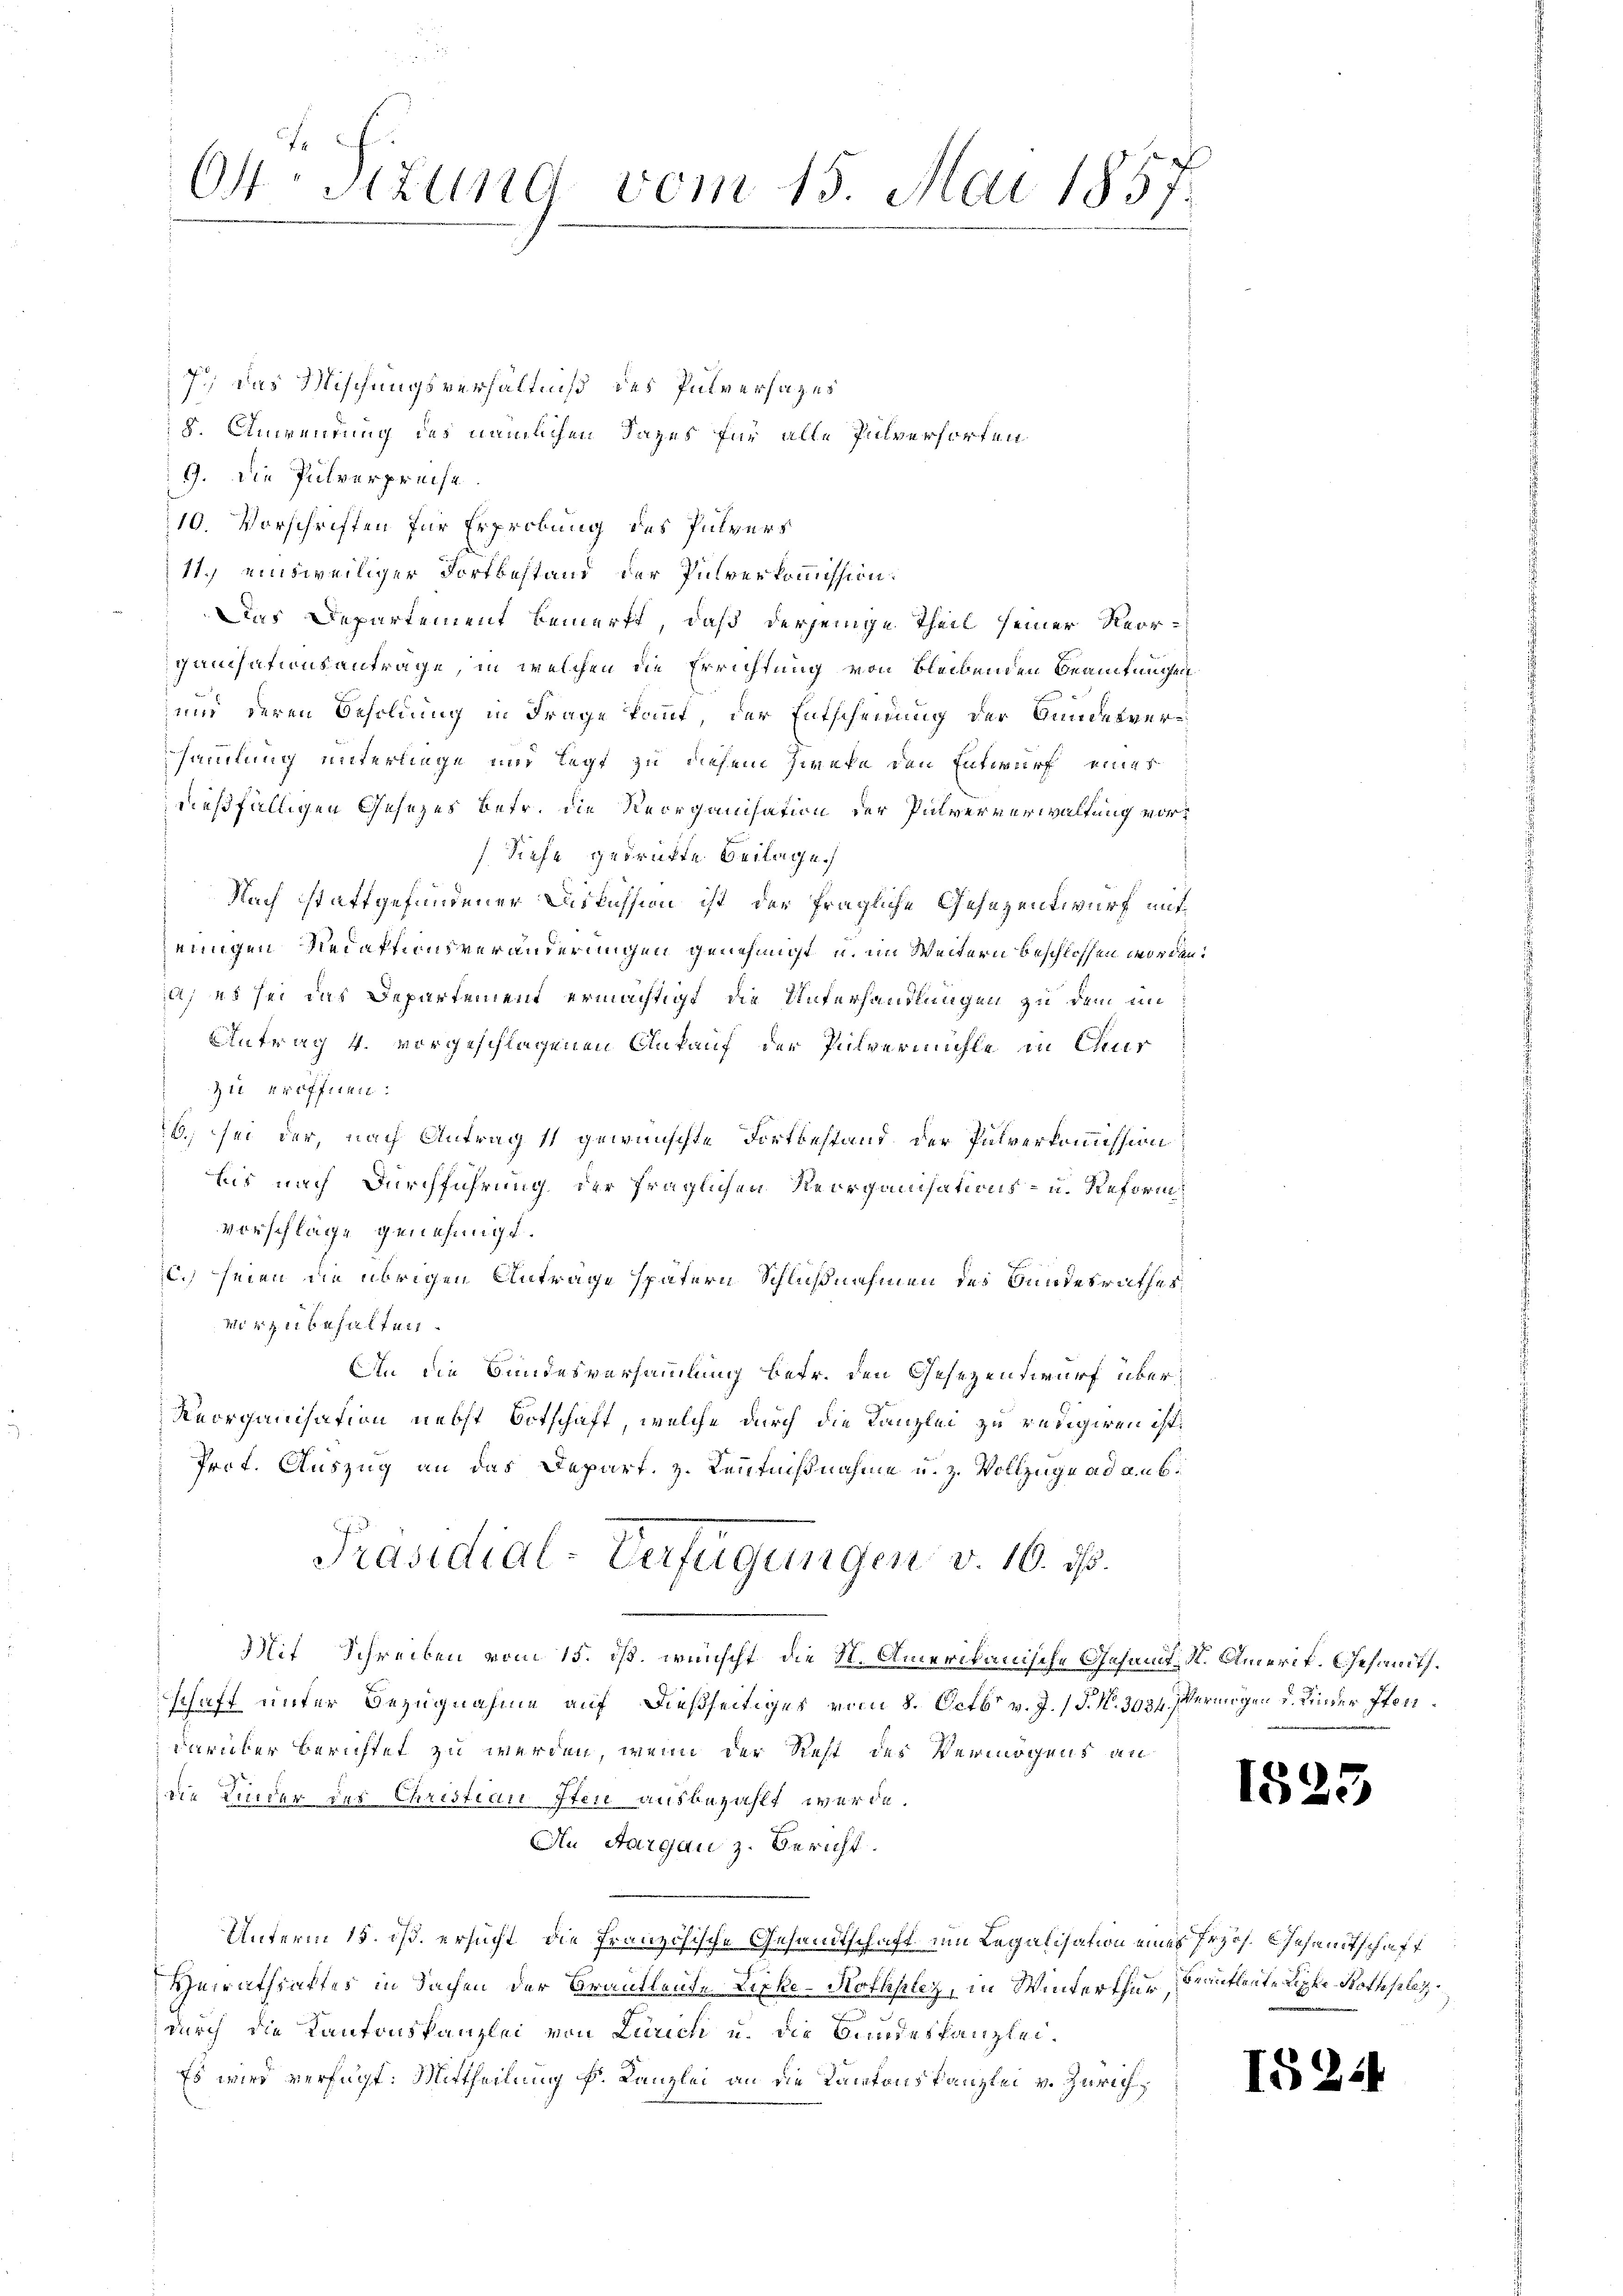
O Sitzung vom 15. Mai 1857.

7.) Das Mischungsverhältniß des Pulversazes
8. Anwendung des nämlichen Tages für alle Pulverhörten
9. Die Pulverpreise
10. Vorschriften für Erprobung des Pulvers
11.) einsweiliger Fortbestand der Pulverkommission:
Das Departement bemerkt, daß derjenige Theil seiner Reorganisationsantrage, in welchen die Errichtung von bleibenden Beamtungen
und deren Besoldung in Frage kant, der Entscheinung der Bundesversammlung unterliege und legt zu diesem Zweke den Entwurf eines
dießfälligen Gesezes betr. die Reorganisation der Pulververwaltung vordiefe gedrückte Beilage.
Nach stattgefundener Diskussion ist der fragliche Gesezentwurf mitjenigen Redaktionsveränderungen genehmigt u. im Weitern beschlossen worden:
a; es sei das Departement ermächtigt, die Unterhandlungen zu dem un
Antrag 4. vorgeschlagenen Ankauf der Pulvermühle in Cur
zu eröffnen.
6) sei der, nach Antrag 11 gewünschte Fortbestand der Pulverkommission
nis nach Durchführung der fraglichen Reorganisations- u. Reform
Vorschläge genehmigt.
C.) seien die übrigen Anträge spätern Schlußnahmen des Bundesrathes,
mie zu behalten.
An die Bundesversammlung betr. den Gesezentwurf über¬
Reorganisation nebst Botschaft, welche durch die Kanzlei zu redigiren ist.
Prot. Auszug an das Depart. z. Kenntnißnahme u. z. Vollzüge ad aub¬
Präsidial-Verfügungen v. 10. ds.
Mit Schreiben vom 15. ist. wünscht die N. Amerikanische Gesamt St. Amerit. Gesandt.
schaft unter Bezugnahme auf dießseitiges vom 8. Octbr. v. J. (T. N. 393. Veringen d. Kinder Sterdarüber berichtet zu werden, wenn der Rest des Vermögens an
die Kinder des Christian Ster ausbezahlt werde.
An Aargau z. Bericht.
Unterm 15. ist. ersucht, die Französische Gesandtschaft im Legalisation eines Erzös. Gesandtschaft
Heirathsaktes in Sachen der Brautleute Licke-Rothhley, in Winterthur, beaufleute Lippe Rothpleze
durch die Kantonskanzlei von Zürich u. die Bundeskanzlei-
Es wird verfügt: Mittheilung k. Kanzlei an die Kantonskanzlei v. Zürich,

1525

I5244